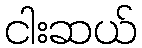
ငါးဆယ်